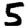
Digit: 5